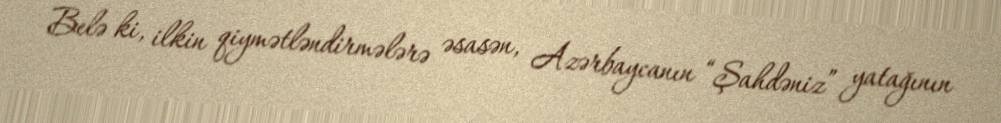
Belə ki, ilkin qiymətləndirmələrə əsasən, Azərbaycanın “Şahdəniz” yatağının